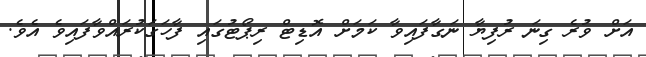
އަށް ވުރެ ގިނަ ރުފިޔާ ނަގާފައިވާ ކަމަށް އޮޑިޓް ރިޕޯޓުގައި ފާހަގަކުރައްވާފައިވެ އެވެ.